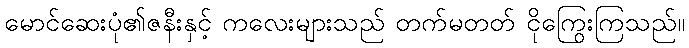
မောင်ဆေးပုံ၏ဇနီးနှင့် ကလေးများသည် တက်မတတ် ငိုကြွေးကြသည်။